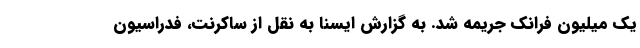
یک میلیون فرانک جریمه شد. به گزارش ایسنا به نقل از ساکرنت، فدراسیون